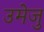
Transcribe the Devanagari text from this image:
उमेजु